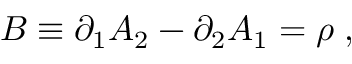
B \equiv \partial _ { 1 } A _ { 2 } - \partial _ { 2 } A _ { 1 } = \rho \; ,